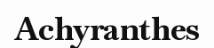
Achyranthes